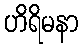
ဟိရိမနာ